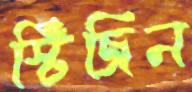
স্টিজিন